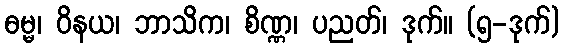
ဓမ္မ၊ ဝိနယ၊ ဘာသိက၊ စိဏ္ဏ၊ ပညတ်၊ ဒုက်။ (၅-ဒုက်)